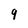
Character: 9